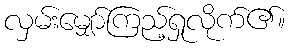
လှမ်းမျှော်ကြည့်ရှုလိုက်၏။